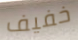
خفيف